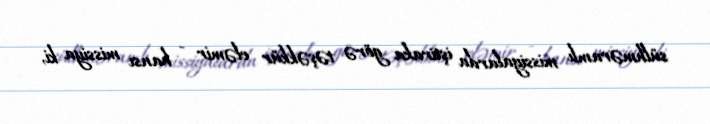
sülhməramlı missiyalarda iştiraka görə təşəkkür eləmir - hansı missiya ki,